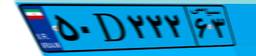
۵۰D۲۲۲۶۳